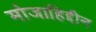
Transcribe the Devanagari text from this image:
मोजाहिद्दीन